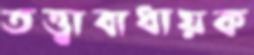
তত্ত্বাবাধায়ক